Vaccination in Bombay 1874-1876 - 1874-1876
Year: 1874
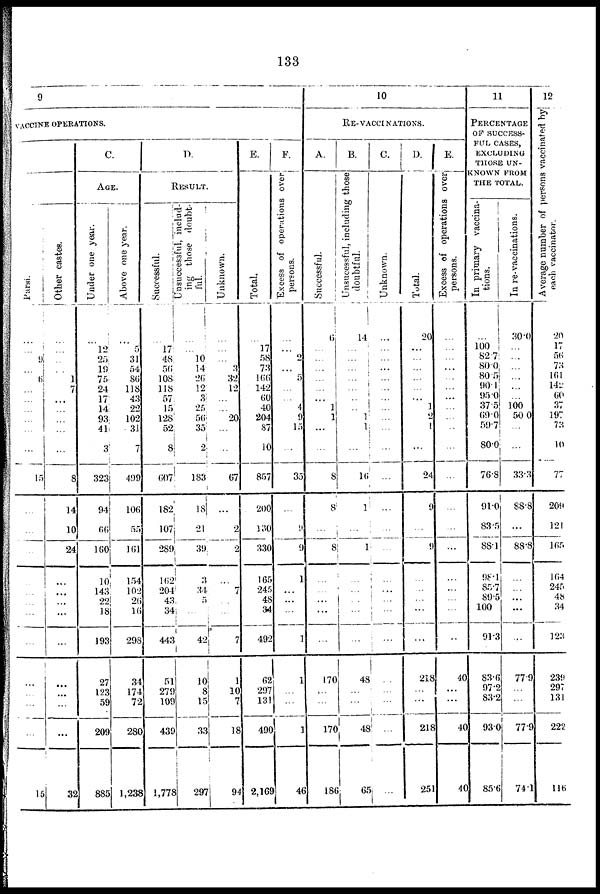
133
9
VACCINE OPERATIONS.
Pársi.
...
...
9
...
6
...
...
...
...
...
...
15
...
...
...
...
...
...
...
...
...
...
...
...
15
Other castes.
...
...
...
...
1
7
...
...
...
...
...
8
14
10
24
...
...
...
...
...
...
...
...
...
32
C.
AGE.
Under one year.
...
12
25
19
75
24
17
14
93
41
3
323
94
66
160
10
143
22
18
193
27
123
59
209
885
Above one year.
...
5
31
54
86
118
43
22
102
31
7
499
106
55
161
154
102
26
16
298
34
174
72
280
1,238
P.
RESULT.
Successful.
...
17
48
56
108
118
57
15
128
52
8
607
182
107
289
162
204
43
34
443
51
279
109
439
1,778
Unsuccessful, includ-
ing those doubt-
ful.
...
...
10
14
26
12
3
25
56
35
2
183
18
21
39
3
31
5
...
42
10
8
15
33
297
Unknown.
...
...
...
3
32
12
...
...
20
...
...
67
...
2
2
...
7
...
...
7
1
10
7
18
94
E.
Total.
...
17
58
73
166
142
60
40
204
87
10
857
200
130
330
165
245
48
34
492
62
297
131
490
2,169
F.
Excess of operations over
persons.
...
...
2
...
5
...
...
4
9
15
35
...
9
9
1
...
...
1
1
...
...
1
46
10
RE-VACCI NATIONS.
A.
Successful.
6
...
...
...
...
...
...
1
1
...
...
8
8
...
8
...
...
...
...
...
170
...
...
170
186
B.
Unsucessful, including those
doubtful.
14
...
...
...
...
...
...
... 1
1
...
16
1
...
1
...
...
...
...
...
48
...
...
48
65
C.
Unknown.
...
...
...
...
...
...
...
...
...
...
...
...
...
...
...
...
...
...
...
...
...
...
...
...
...
D.
Total.
20
...
...
...
...
...
...
1
2
1
...
24
9
...
9
...
...
...
...
...
218
...
...
218
251
E.
Excess of operations over
persons.
...
...
...
...
...
...
...
...
...
...
...
...
...
...
...
...
...
...
...
...
40
...
...
40
40
11
PERCENTAGE
OF SUCCESS-
FUL CASES,
EXCLUDING
THOSE UN-
KNOWN FROM
THE TOTAL.
In primary vaccina-
tions.
...
100
82.7
80.0
80.5
90.1
95.0
37.5
69.0
59.7
80.0
76.8
91.0
83.5
88.1
98.1
85.7
89.5
100
913
83.6
97.2
83.2
93.0
85.6
In re-vaccinations.
30.0
...
...
...
...
...
...
100
50.0
...
...
33.3
88.8
...
88.8
...
...
...
...
...
77.9
...
...
779
74.1
12
Average number of persons vaccinated by
each vaccinator.
20
17
56
73
161
142
60
37
197
73
10
77
209
121
165
164
245
48
34
123
239
297
131
222
116